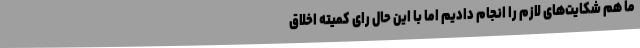
ما هم شکایت‌های لازم را انجام دادیم اما با این حال رای کمیته اخلاق